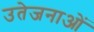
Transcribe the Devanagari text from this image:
उतेजनाओं